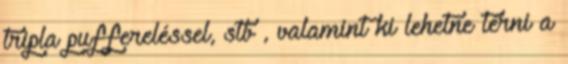
tripla puffereléssel, stb , valamint ki lehetne térni a